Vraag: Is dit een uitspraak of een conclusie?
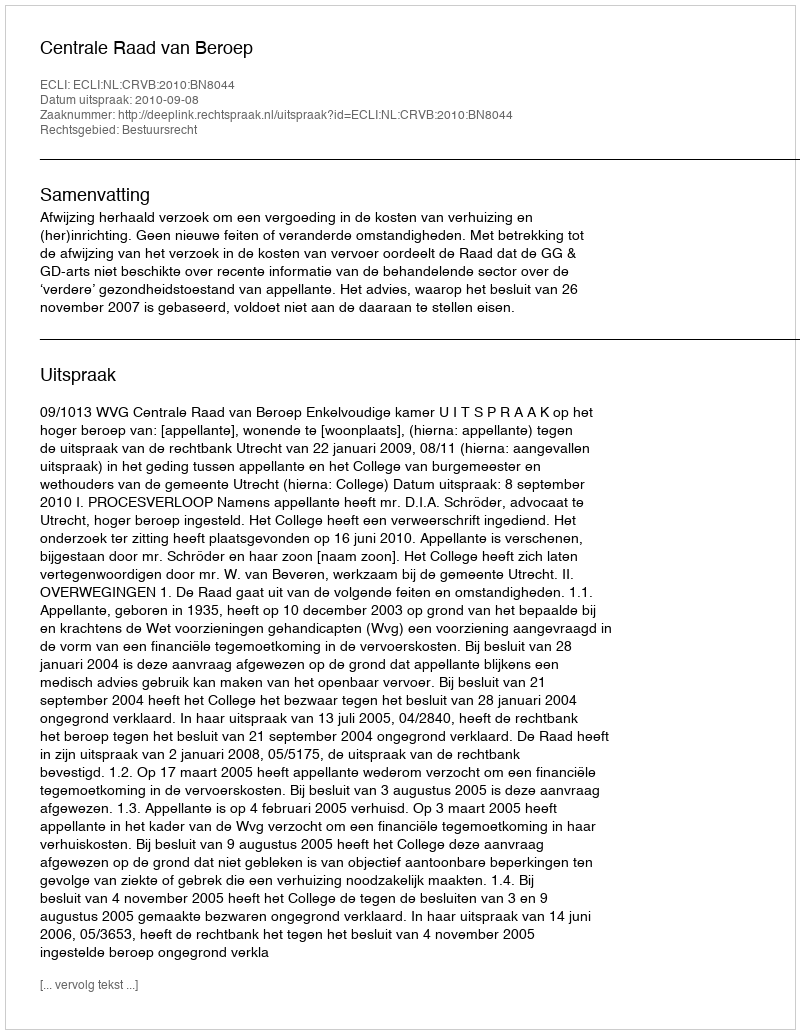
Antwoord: Uitspraak